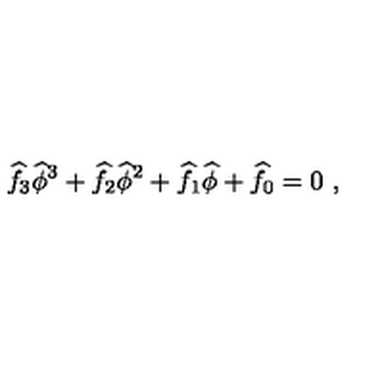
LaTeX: \widehat { f } _ { 3 } \widehat { \phi } ^ { 3 } + \widehat { f } _ { 2 } \widehat { \phi } ^ { 2 } + \widehat { f } _ { 1 } \widehat { \phi } + \widehat { f } _ { 0 } = 0 \ ,